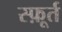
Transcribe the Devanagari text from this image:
स्फ़ूर्त